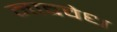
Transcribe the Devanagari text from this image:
नादवेध